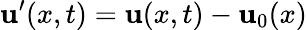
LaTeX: {\mathbf{u}}^{\prime}(x,t)={\mathbf{u}}(x,t)-{\mathbf{u}}_{0}(x)